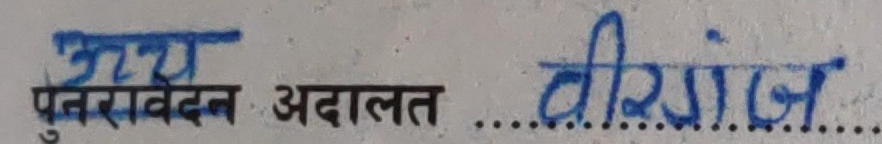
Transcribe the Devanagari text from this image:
पुनसवेदन अदालत वीरगंज